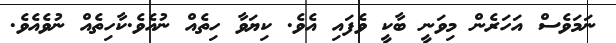
ނަމަވެސް އަހަރެން މިވަނީ ބާކީ ވެފައި އެވެ. ކިޔަވާ ހިތެއް ނުއެވެ.ކާހިތެއް ނުވެއެވެ.